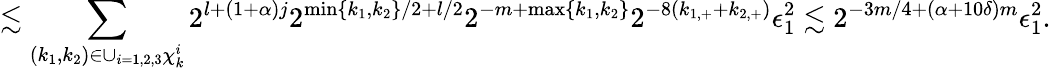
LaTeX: \lesssim\sum_{(k_{1},k_{2})\in\cup_{i=1,2,3}\chi_{k}^{i}}2^{l+(1+\alpha)j}2^{\operatorname*{min}\{ k_{1},k_{2}\} /2+l/2}2^{-m+\operatorname*{max}\{ k_{1},k_{2}\} }2^{-8(k_{1,+}+k_{2,+})}\epsilon_{1}^{2}\lesssim 2^{-3m/4+(\alpha+10\delta)m}\epsilon_{1}^{2}.